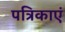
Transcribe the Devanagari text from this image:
पत्रिकाएं